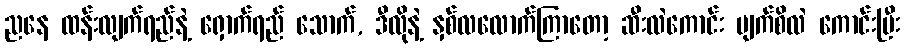
ညနေ ထန်းလျက်ရည်နဲ့ ရှောက်ရည် သောက်, ဒီလိုနဲ့ နှစ်လလောက်ကြာတော့ ဆီးလဲကောင်း မျက်စိလဲ ကောင်းပြီး